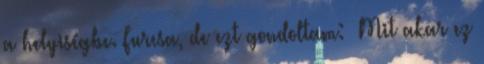
a helyiségbe. Furcsa, de ezt gondoltam: »Mit akar ez